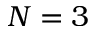
N = 3